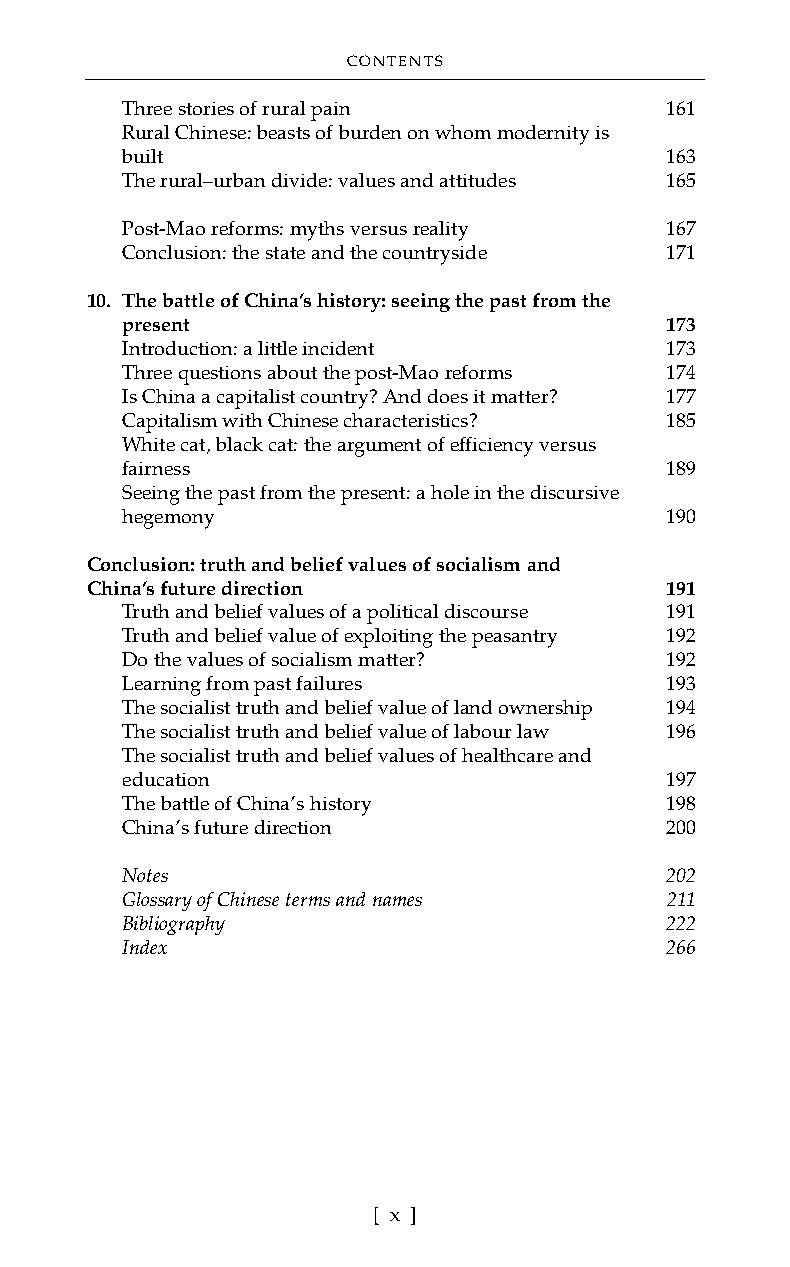
00 Pluto Prelims:template candidate.qxd 07/01/2008 12:16 Page x
 CONTENTS
 Three stories of rural pain         161
 Rural Chinese: beasts of burden on whom modernity is
 built                               163
 The rural–urban divide: values and attitudes 165
 Post-Mao reforms: myths versus reality 167
 Conclusion: the state and the countryside 171
 10. The battle of China’s history: seeing the past from the
 present                             173
 Introduction: a little incident     173
 Three questions about the post-Mao reforms 174
 Is China a capitalist country? And does it matter? 177
 Capitalism with Chinese characteristics? 185
 White cat, black cat: the argument of efficiency versus
 fairness                            189
 Seeing the past from the present: a hole in the discursive
 hegemony                            190
 Conclusion: truth and belief values of socialism and
 China’s future direction              191
 Truth and belief values of a political discourse 191
 Truth and belief value of exploiting the peasantry 192
 Do the values of socialism matter?  192
 Learning from past failures         193
 The socialist truth and belief value of land ownership 194
 The socialist truth and belief value of labour law 196
 The socialist truth and belief values of healthcare and
 education                           197
 The battle of China’s history       198
 China’s future direction            200
 Notes                               202
 Glossary of Chinese terms and names 211
 Bibliography                        222
 Index                               266
 [ x ]